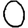
Digit: 0